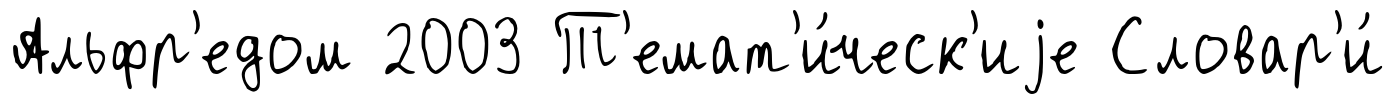
Альфр'едом 2003 Т'емат'и́ческ'иjе Словар'и́